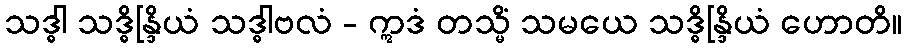
သဒ္ဓါ သဒ္ဓိန္ဒြိယံ သဒ္ဓါဗလံ - ဣဒံ တသ္မိံ သမယေ သဒ္ဓိန္ဒြိယံ ဟောတိ။